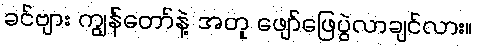
ခင်ဗျား ကျွန်တော်နဲ့ အတူ ဖျော်ဖြေပွဲလာချင်လား။